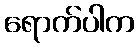
ရောက်ပါက